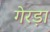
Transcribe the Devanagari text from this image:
गेरड़ा